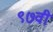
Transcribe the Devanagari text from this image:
९७वी